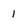
Character: 1